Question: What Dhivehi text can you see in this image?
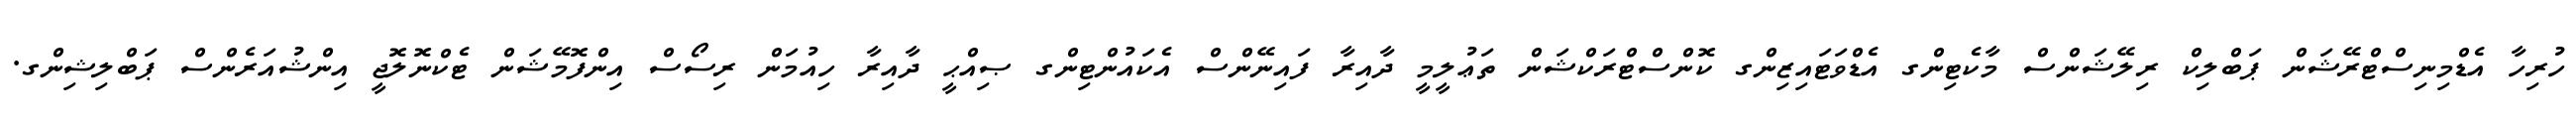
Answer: ހުރިހާ އެޑްމިނިސްޓްރޭޝަން ޕަބްލިކް ރިލޭޝަންސް މާކެޓިންގ އެޑްވަޓައިޒިންގ ކޮންސްޓްރަކްޝަން ތަޢުލީމީ ދާއިރާ ފައިނޭންސް އެކައުންޓިންގ ޞިއްޙީ ދާއިރާ ހިއުމަން ރިސޯސް އިންފޮމޭޝަން ޓެކްނޮލޮޖީ އިންޝުއަރެންސް ޕަބްލިޝިންގ.